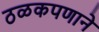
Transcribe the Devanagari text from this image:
ठळकपणाने